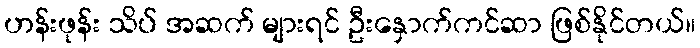
ဟန်းဖုန်း သိပ် အဆက် များရင် ဦးနှောက်ကင်ဆာ ဖြစ်နိုင်တယ်။